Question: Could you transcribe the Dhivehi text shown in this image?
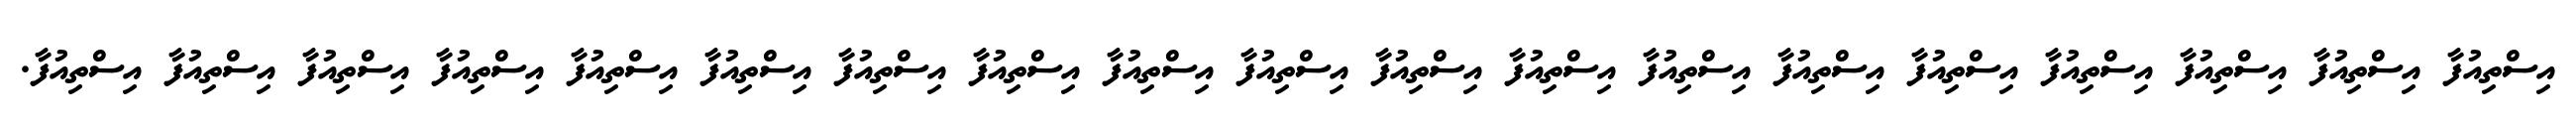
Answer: އިސްތިއުފާ އިސްތިއުފާ އިސްތިއުފާ އިސްތިއުފާ އިސްތިއުފާ އިސްތިއުފާ އިސްތިއުފާ އިސްތިއުފާ އިސްތިއުފާ އިސްތިއުފާ އިސްތިއުފާ އިސްތިއުފާ އިސްތިއުފާ އިސްތިއުފާ އިސްތިއުފާ އިސްތިއުފާ އިސްތިއުފާ އިސްތިއުފާ އިސްތިއުފާ.